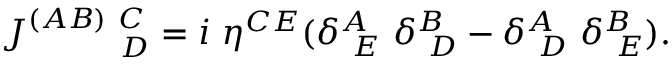
J _ { ~ ~ ~ ~ ~ ~ ~ ~ D } ^ { ( A B ) ~ C } = i ~ \eta ^ { C E } ( \delta _ { ~ E } ^ { A } ~ \delta _ { ~ D } ^ { B } - \delta _ { ~ D } ^ { A } ~ \delta _ { ~ E } ^ { B } ) .